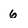
Character: 6